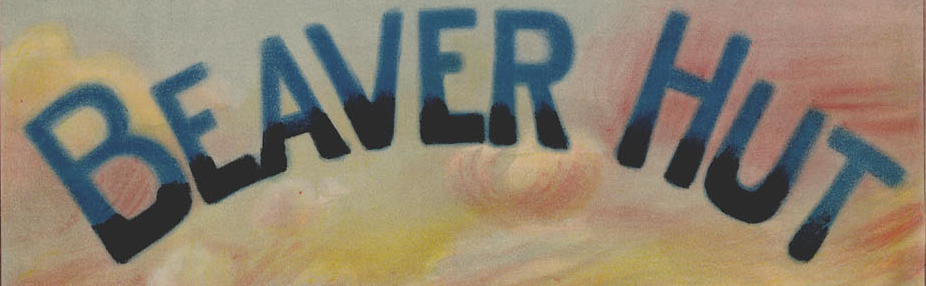
BEAVER HUT